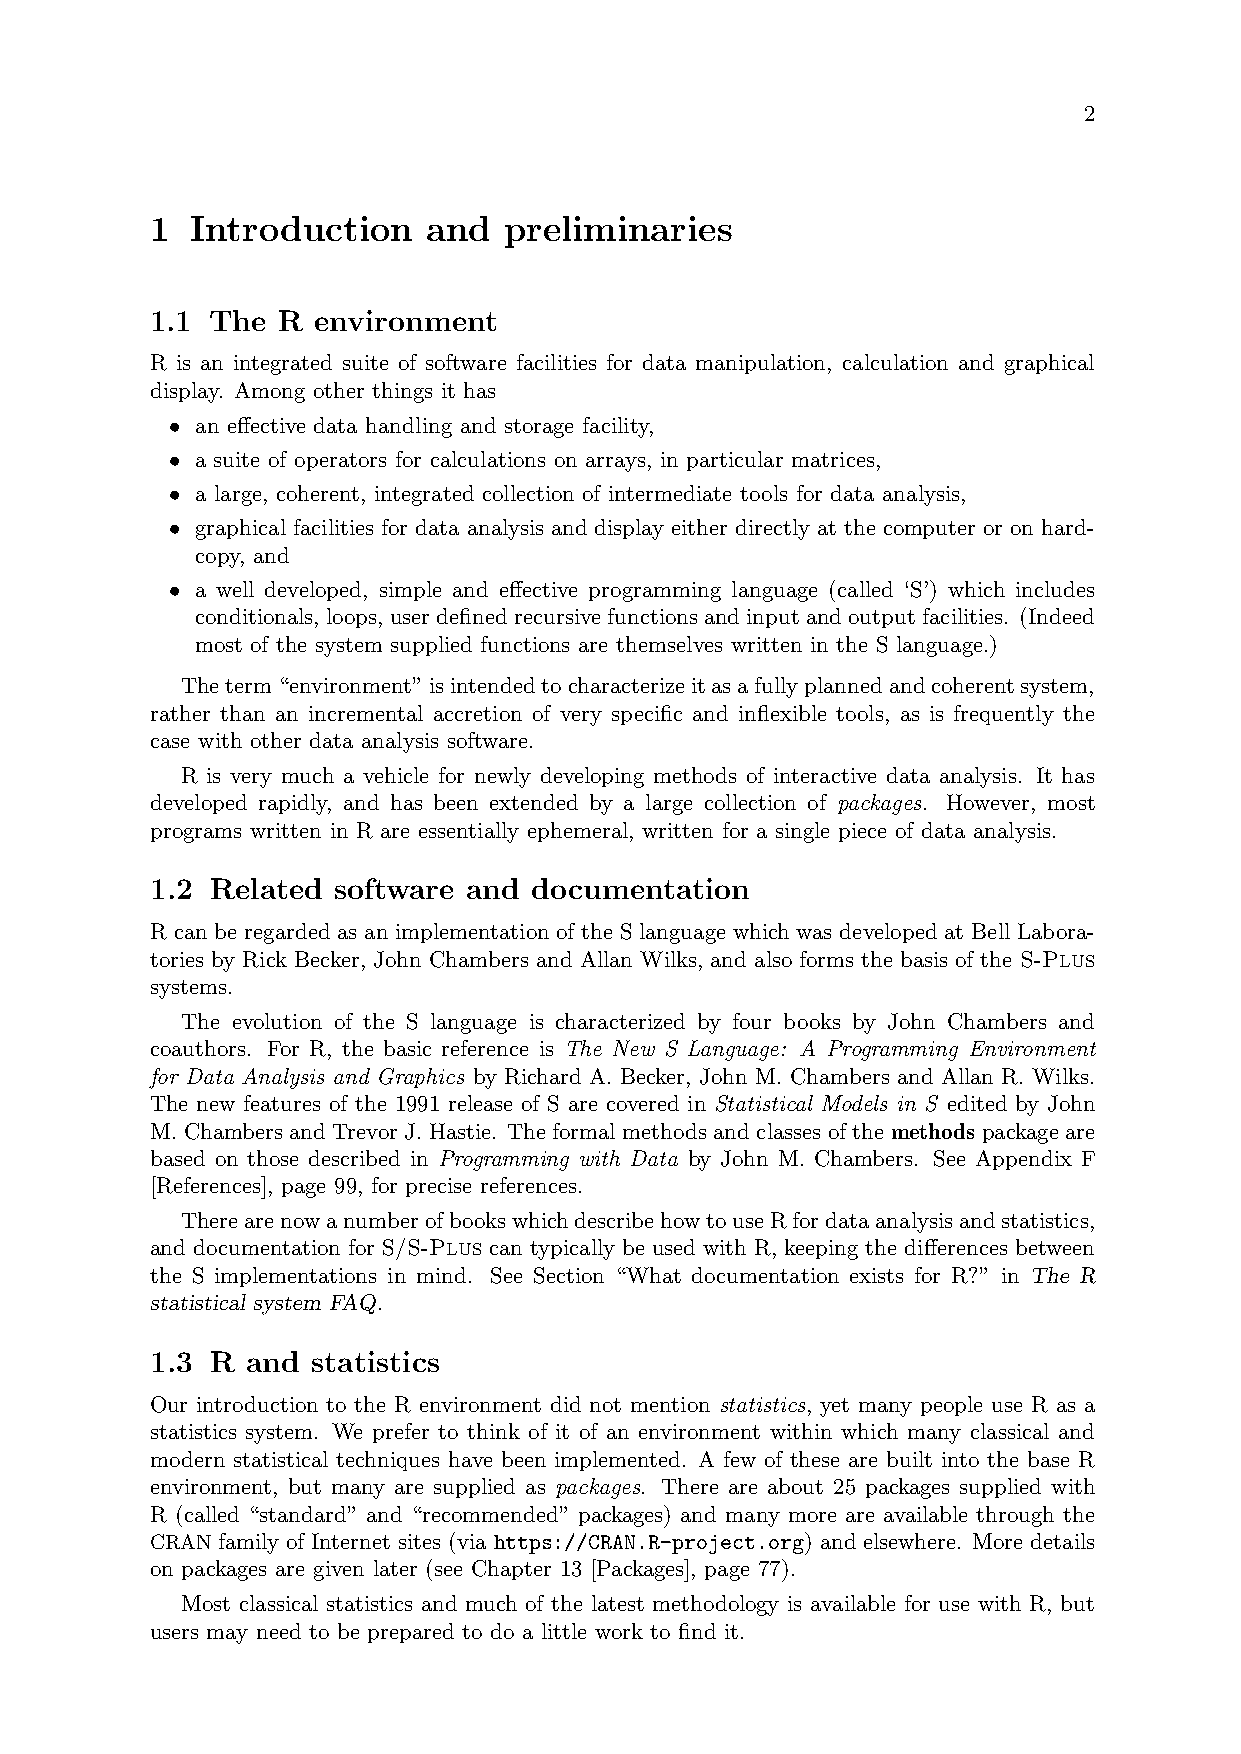
2
 1  Introduction   and  preliminaries
 1.1 The R  environment
 R is an integrated suite of software facilities for data manipulation, calculation and graphical
 display. Among other things it has
 • an effective data handling and storage facility,
 • a suite of operators for calculations on arrays, in particular matrices,
 • a large, coherent, integrated collection of intermediate tools for data analysis,
 • graphical facilities for data analysis and display either directly at the computer or on hard-
 copy, and
 • a well developed, simple and effective programming language (called ‘S’) which includes
 conditionals, loops, userdefinedrecursivefunctionsandinputandoutputfacilities. (Indeed
 most of the system supplied functions are themselves written in the S language.)
 Theterm“environment”isintendedtocharacterizeitasafullyplannedandcoherentsystem,
 rather than an incremental accretion of very specific and inflexible tools, as is frequently the
 case with other data analysis software.
 R is very much a vehicle for newly developing methods of interactive data analysis. It has
 developed rapidly, and has been extended by a large collection of packages. However, most
 programs written in R are essentially ephemeral, written for a single piece of data analysis.
 1.2 Related software and documentation
 R can be regarded as an implementation of the S language which was developed at Bell Labora-
 tories by Rick Becker, John Chambers and Allan Wilks, and also forms the basis of the S-Plus
 systems.
 The evolution of the S language is characterized by four books by John Chambers and
 coauthors. For R, the basic reference is The New S Language: A Programming Environment
 for Data Analysis and Graphics by Richard A. Becker, John M. Chambers and Allan R. Wilks.
 The new features of the 1991 release of S are covered in Statistical Models in S edited by John
 M. Chambers and Trevor J. Hastie. The formal methods and classes of the methods package are
 based on those described in Programming with Data by John M. Chambers. See Appendix F
 [References], page 99, for precise references.
 TherearenowanumberofbookswhichdescribehowtouseRfordataanalysisandstatistics,
 and documentation for S/S-Plus can typically be used with R, keeping the differences between
 the S implementations in mind. See Section “What documentation exists for R?” in The R
 statistical system FAQ.
 1.3 R and  statistics
 Our introduction to the R environment did not mention statistics, yet many people use R as a
 statistics system. We prefer to think of it of an environment within which many classical and
 modern statistical techniques have been implemented. A few of these are built into the base R
 environment, but many are supplied as packages. There are about 25 packages supplied with
 R (called “standard” and “recommended” packages) and many more are available through the
 CRAN family of Internet sites (via https://CRAN.R-project.org) and elsewhere. More details
 on packages are given later (see Chapter 13 [Packages], page 77).
 Most classical statistics and much of the latest methodology is available for use with R, but
 users may need to be prepared to do a little work to find it.